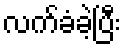
လက်ခံခဲ့ပြီး